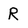
Character: R